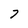
Character: 7